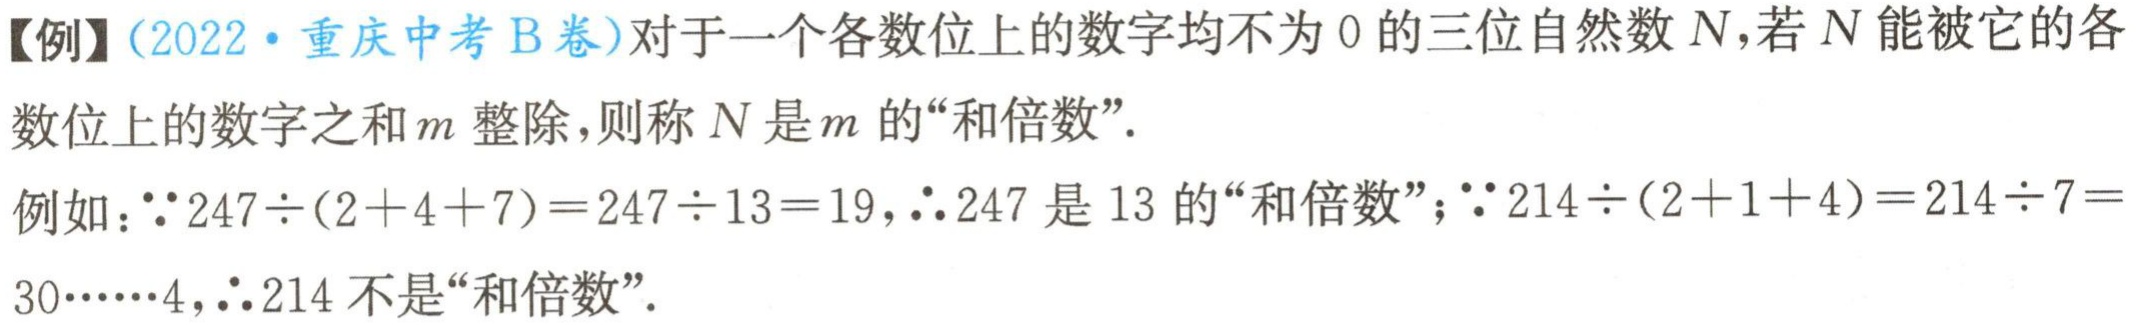
【例】(2022·重庆中考B卷)对于一个各数位上的数字均不为0的三位自然数\(N\)，若\(N\)能被它的各数位上的数字之和\(m\)整除，则称\(N\)是\(m\)的“和倍数”.
例如：\(\because 247\div(2 + 4 + 7)=247\div13 = 19\)，\(\therefore 247\)是\(13\)的“和倍数”；\(\because 214\div(2 + 1 + 4)=214\div7 = 30\cdots\cdots4\)，\(\therefore 214\)不是“和倍数”.